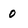
Character: 0